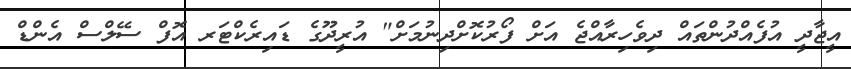
އީޖާދީ އުފެއްދުންތައް ދިވެހިރާއްޖެ އަށް ފޯރުކޮށްދިނުމަށް" އުރީދޫގެ ޑައިރެކްޓަރ އޮފް ސޭލްސް އެންޑް